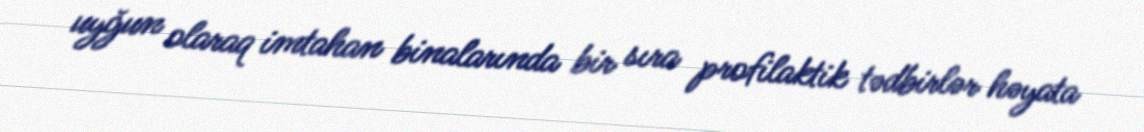
uyğun olaraq imtahan binalarında bir sıra profilaktik tədbirlər həyata